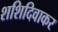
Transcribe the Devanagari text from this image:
शशिदिवाकर